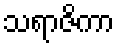
သရာဇိကာ